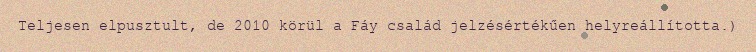
Teljesen elpusztult, de 2010 körül a Fáy család jelzésértékűen helyreállította.)